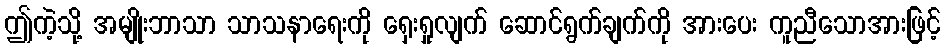
ဤကဲ့သို့ အမျိုးဘာသာ သာသနာရေးကို ရှေးရှုလျက် ဆောင်ရွက်ချက်ကို အားပေး ကူညီသောအားဖြင့်